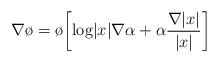
LaTeX: \begin{align*}\nabla \o= \o \biggl[\textrm{log} |x| \nabla \alpha + \alpha \frac{\nabla |x|}{|x|}\biggl]\end{align*}